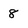
Character: 8